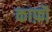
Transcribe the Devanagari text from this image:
काफ़ॊ